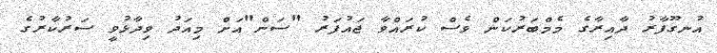
އުނގޫފާރު ދާއިރާގެ މެމްބަރުކަން ވެސް ކުރައްވާ ޖައުފަރު "ސަން"އަށް މިއަދު ވިދާޅުވީ ސަރުކާރުގެ